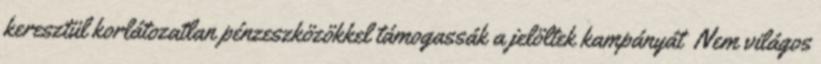
keresztül korlátozatlan pénzeszközökkel támogassák a jelöltek kampányát Nem világos